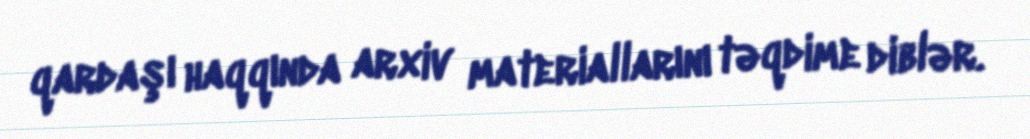
qardaşı haqqında arxiv materiallarını təqdime diblər.